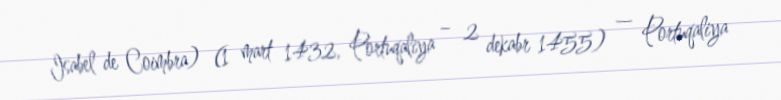
Isabel de Coimbra) (1 mart 1432, Portuqaliya – 2 dekabr 1455) — Portuqaliya